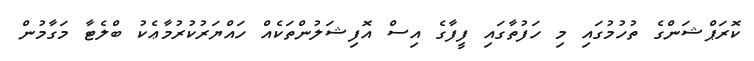
ކޮރަޕްޝަންގެ ތުހުމުގައި މި ހަފުތާގައި ފީފާގެ އިސް އޮފިޝަލުންތަކެއް ހައްޔަރުކުރުމާޢެކު ބްލެޓާ މަގާމުން